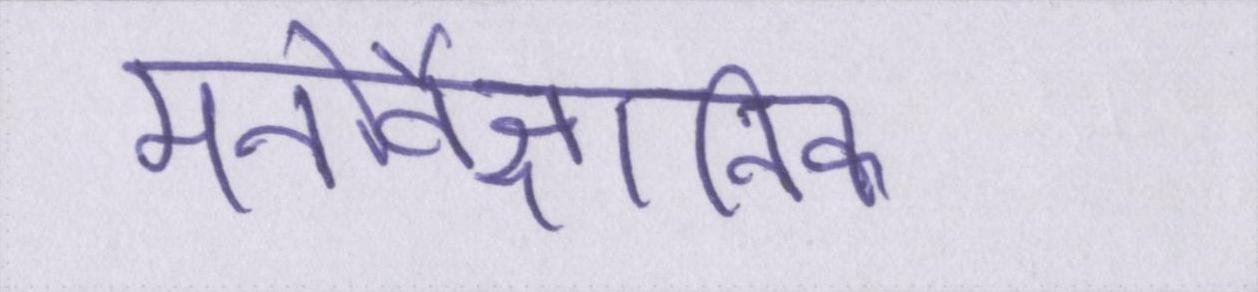
मनोवैज्ञानिक